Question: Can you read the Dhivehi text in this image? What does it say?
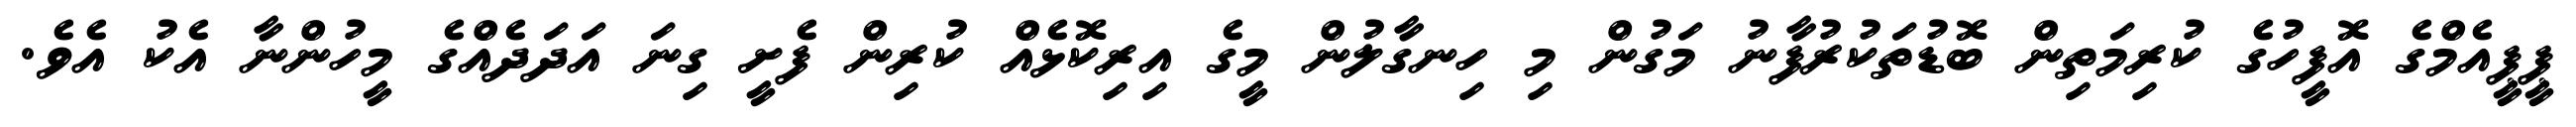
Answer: ޕީޕީއެމްގެ އޮފީހުގެ ކުރިމަތިން ބޮޑުތަކުރުފާނު މަގުން މި ހިނގާލުން މީގެ އިރިކޮޅެއް ކުރިން ފެށީ ގިނަ އަދަދެއްގެ މީހުންނާ އެކު އެވެ.